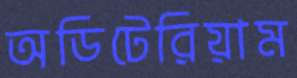
অডিটেরিয়াম